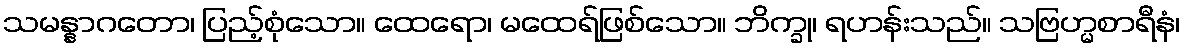
သမန္နာဂတော၊ ပြည့်စုံသော။ ထေရော၊ မထေရ်ဖြစ်သော။ ဘိက္ခု၊ ရဟန်းသည်။ သဗြဟ္မစာရီနံ၊